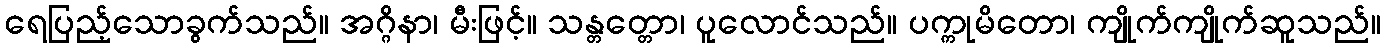
ရေပြည့်သောခွက်သည်။ အဂ္ဂိနာ၊ မီးဖြင့်။ သန္တတ္တော၊ ပူလောင်သည်။ ပက္ကုမိတော၊ ကျိုက်ကျိုက်ဆူသည်။